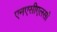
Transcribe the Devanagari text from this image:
एनएसीएलसी